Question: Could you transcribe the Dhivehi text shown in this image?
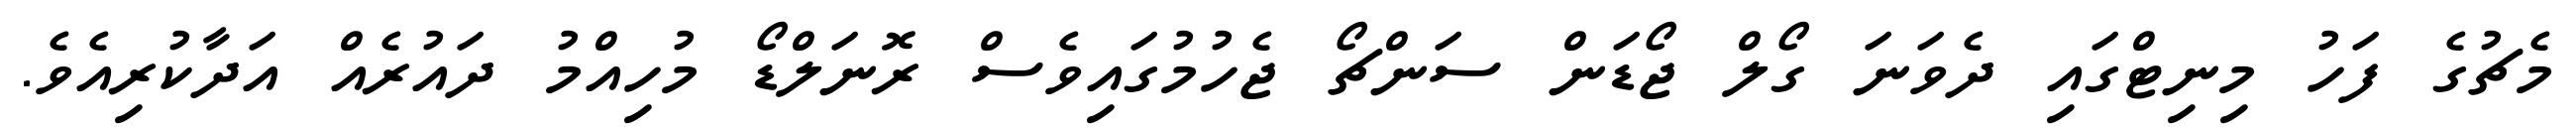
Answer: މެޗުގެ ފަހު މިނިޓްގައި ދެވަނަ ގޯލް ޖޯޑަން ސަންޗޯ ޖެހުމުގައިވެސް ރޮނަލްޑޯ މުހިއްމު ދައުރެއް އަދާކުރިއެވެ.